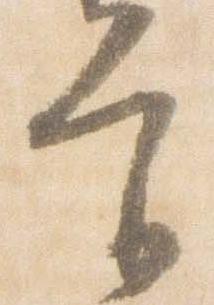
宮